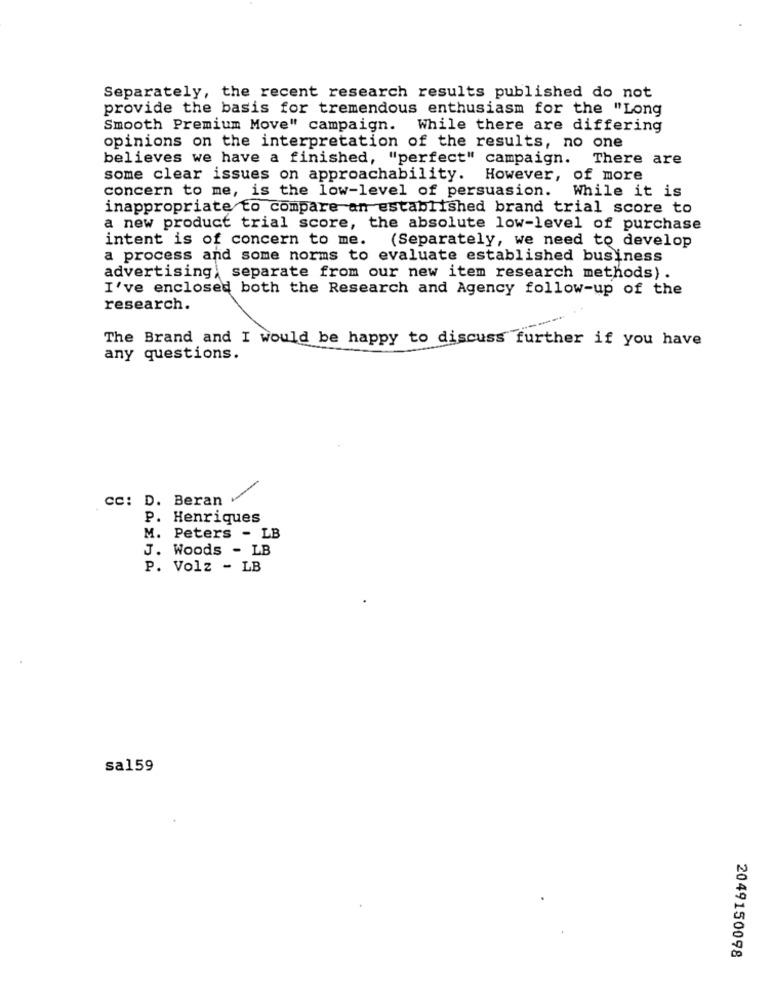
Separately, the recent research results published do not
provide the basis for tremendous enthusiasm for the "Long
Smooth Premium Move" campaign. While there are differing
opinions on the interpretation of the results, no one
believes we have a finished, "perfect" campaign. There are
some clear issues on approachability. However, of more
concern to me, is the low-level of persuasion.
While it is
inappropriate to compare an established brand trial score to
a new product trial score, the absolute low-level of purchase
intent is of concern to me. (Separately, we need to develop
a process and some norms to evaluate established business
advertising, separate from our new item research methods).
I've enclosed both the Research and Agency follow-up of the
research.
The Brand and I would be happy to discuss further if you have
any questions.
cc: D. Beran
P. Henriques
M. Peters - LB
J. Woods - LB
P. Volz - LB
sa159
2049150098